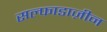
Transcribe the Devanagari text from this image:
सल्फाडाज़ीन